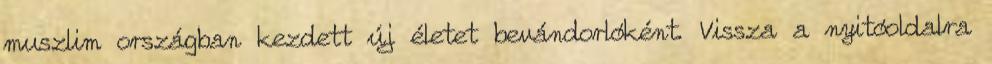
muszlim országban kezdett új életet bevándorlóként. Vissza a nyitóoldalra